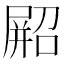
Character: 𫵥